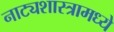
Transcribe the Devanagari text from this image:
नाट्यशास्त्रामध्ये